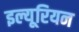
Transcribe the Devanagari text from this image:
इल्यूरियन